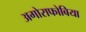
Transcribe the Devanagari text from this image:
अगोराफोबिया